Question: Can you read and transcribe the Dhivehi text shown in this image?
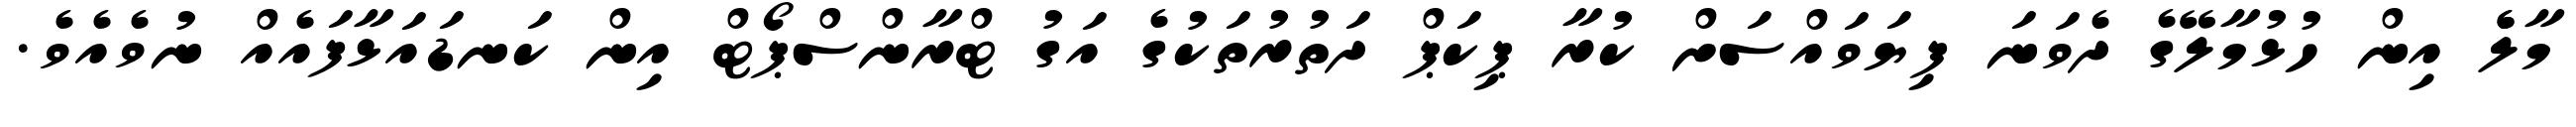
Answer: މާލެެ އިން ހުޅުމާލޭގެ ދެވަނަ ފިޔަވައްސަށް ކުރާ ޕިކަޕް ދަތުރުތަކުގެ އަގު ޓްރާންސްޕޯޓް އިން ކަނޑައަޅާފައެއް ނުވެއެވެ.